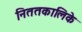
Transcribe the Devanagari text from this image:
निततकालिके